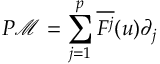
P \mathcal M = \sum _ { j = 1 } ^ { p } \overline { { F ^ { j } } } ( \boldsymbol { u } ) \partial _ { j }